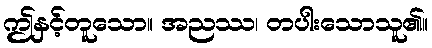
ဤနှင့်တူသော။ အညဿ၊ တပါးသောသူ၏။